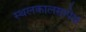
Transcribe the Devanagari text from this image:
स्थलकालसापेक्ष